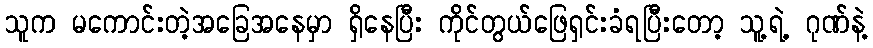
သူက မကောင်းတဲ့အခြေအနေမှာ ရှိနေပြီး ကိုင်တွယ်ဖြေရှင်းခံရပြီးတော့ သူ့ရဲ့ ဂုဏ်နဲ့